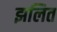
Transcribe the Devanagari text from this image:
झलित